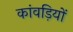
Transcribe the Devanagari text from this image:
कांवड़ियों